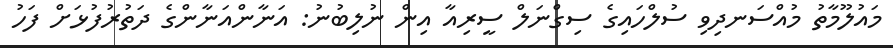
މައުލޫމާތު މުއްސަނދިވި ސުލްހައިގެ ސިގްނަލް ސީރިއާ އިން ނުލިބުނު: އަނާންއަނާންގެ ދަތުރުފުޅަށް ފަހު